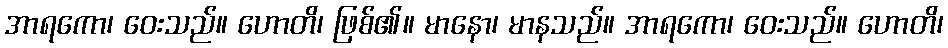
အာရကော၊ ဝေးသည်။ ဟောတိ၊ ဖြစ်၏။ မာနော၊ မာနသည်။ အာရကော၊ ဝေးသည်။ ဟောတိ၊